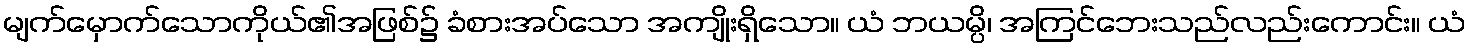
မျက်မှောက်သောကိုယ်၏အဖြစ်၌ ခံစားအပ်သော အကျိုးရှိသော။ ယံ ဘယမ္ပိ၊ အကြင်ဘေးသည်လည်းကောင်း။ ယံ